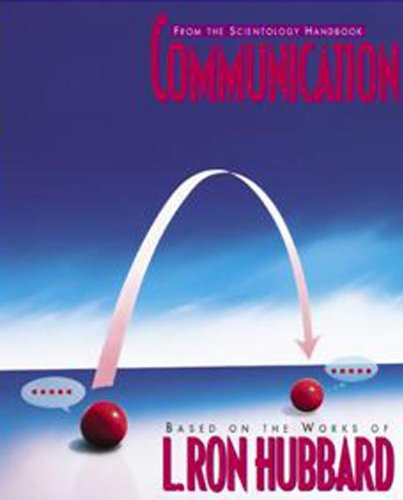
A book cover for Communication; L. Ron Hubbard; Religion & Spirituality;